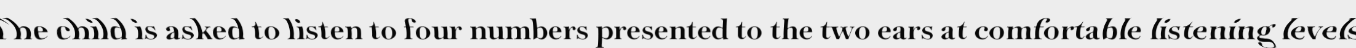
The child is asked to listen to four numbers presented to the two ears at comfortable listening levels.